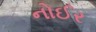
નોઈર